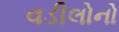
વડીલોનો